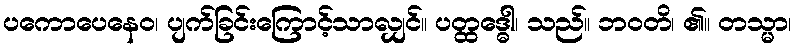
ပကောပေနေဝ၊ ပျက်ခြင်းကြောင့်သာလျှင်။ ပတ္ထဒ္ဓေါ၊ သည်။ ဘဝတိ၊ ၏။ တသ္မာ၊